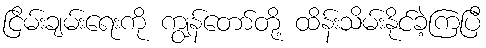
ငြိမ်းချမ်းရေးကို ကျွန်တော်တို့ ထိန်းသိမ်းနိုင်ခဲ့ကြပြီ